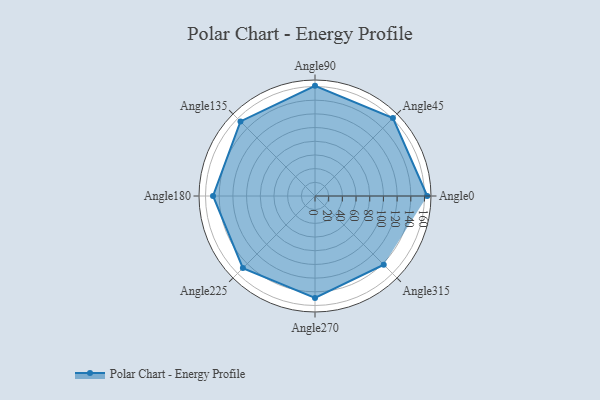
{"axis": {"x": "Angle", "y": "Radius"}, "legend": [""], "data": [{"x": "Angle0", "y": 164.0, "type": ""}, {"x": "Angle45", "y": 161.0, "type": ""}, {"x": "Angle90", "y": 161.0, "type": ""}, {"x": "Angle135", "y": 154.0, "type": ""}, {"x": "Angle180", "y": 149.0, "type": ""}, {"x": "Angle225", "y": 149.0, "type": ""}, {"x": "Angle270", "y": 149.0, "type": ""}, {"x": "Angle315", "y": 142.0, "type": ""}]}